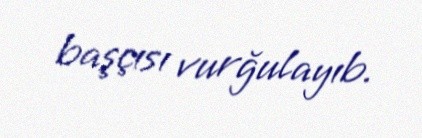
başçısı vurğulayıb.